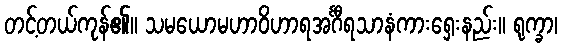
တင့်တယ်ကုန်၏။ သမယောမဟာဝိဟာရအင်္ဂီရသာနံကားရှေးနည်း။ ရုက္ခာ၊